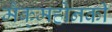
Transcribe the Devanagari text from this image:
मैक्‌महोनकी